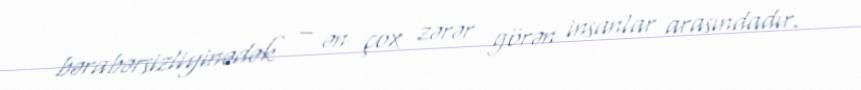
bərabərsizliyinədək – ən çox zərər görən insanlar arasındadır.